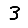
Digit: 3